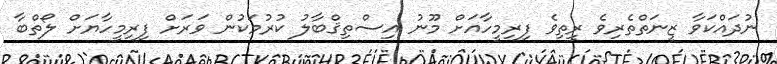
ނުދައްކަވާ ޒީނަތްތެރިވެ ރީތިވެ ފިރިމީހާއަށް މޫނު އިސްތިޤްބާލު ކުރުމަކުން ވަރަށް ފިރިމީހާޔަށް ލޯތްބާ